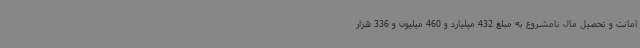
امانت و تحصیل مال نامشروع به مبلغ 432 میلیارد و 460 میلیون و 336 هزار